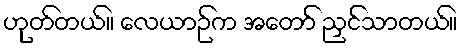
ဟုတ်တယ်။ လေယာဉ်က အတော် ညှင်သာတယ်။